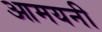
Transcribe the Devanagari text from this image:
आमयनी